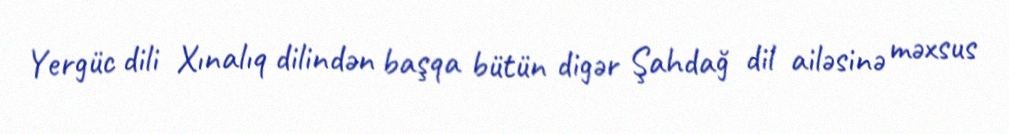
Yergüc dili Xınalıq dilindən başqa bütün digər Şahdağ dil ailəsinə məxsus